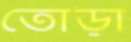
তোড়া